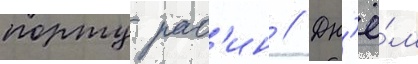
порту рас'ин // Дн'ё́м